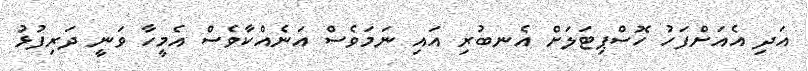
އަދި އެއަށްފަހު ހޮސްޕިޓަލަށް އެނބުރި އައި ނަމަވެސް އަނެއްކާވެސް އެމީހާ ވަނީ ދަރިފުޅު